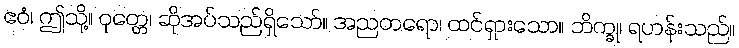
ဧဝံ၊ ဤသို့။ ဝုတ္တေ၊ ဆိုအပ်သည်ရှိသော်။ အညတရော၊ ထင်ရှားသော။ ဘိက္ခု၊ ရဟန်းသည်။